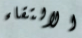
الالتقاء